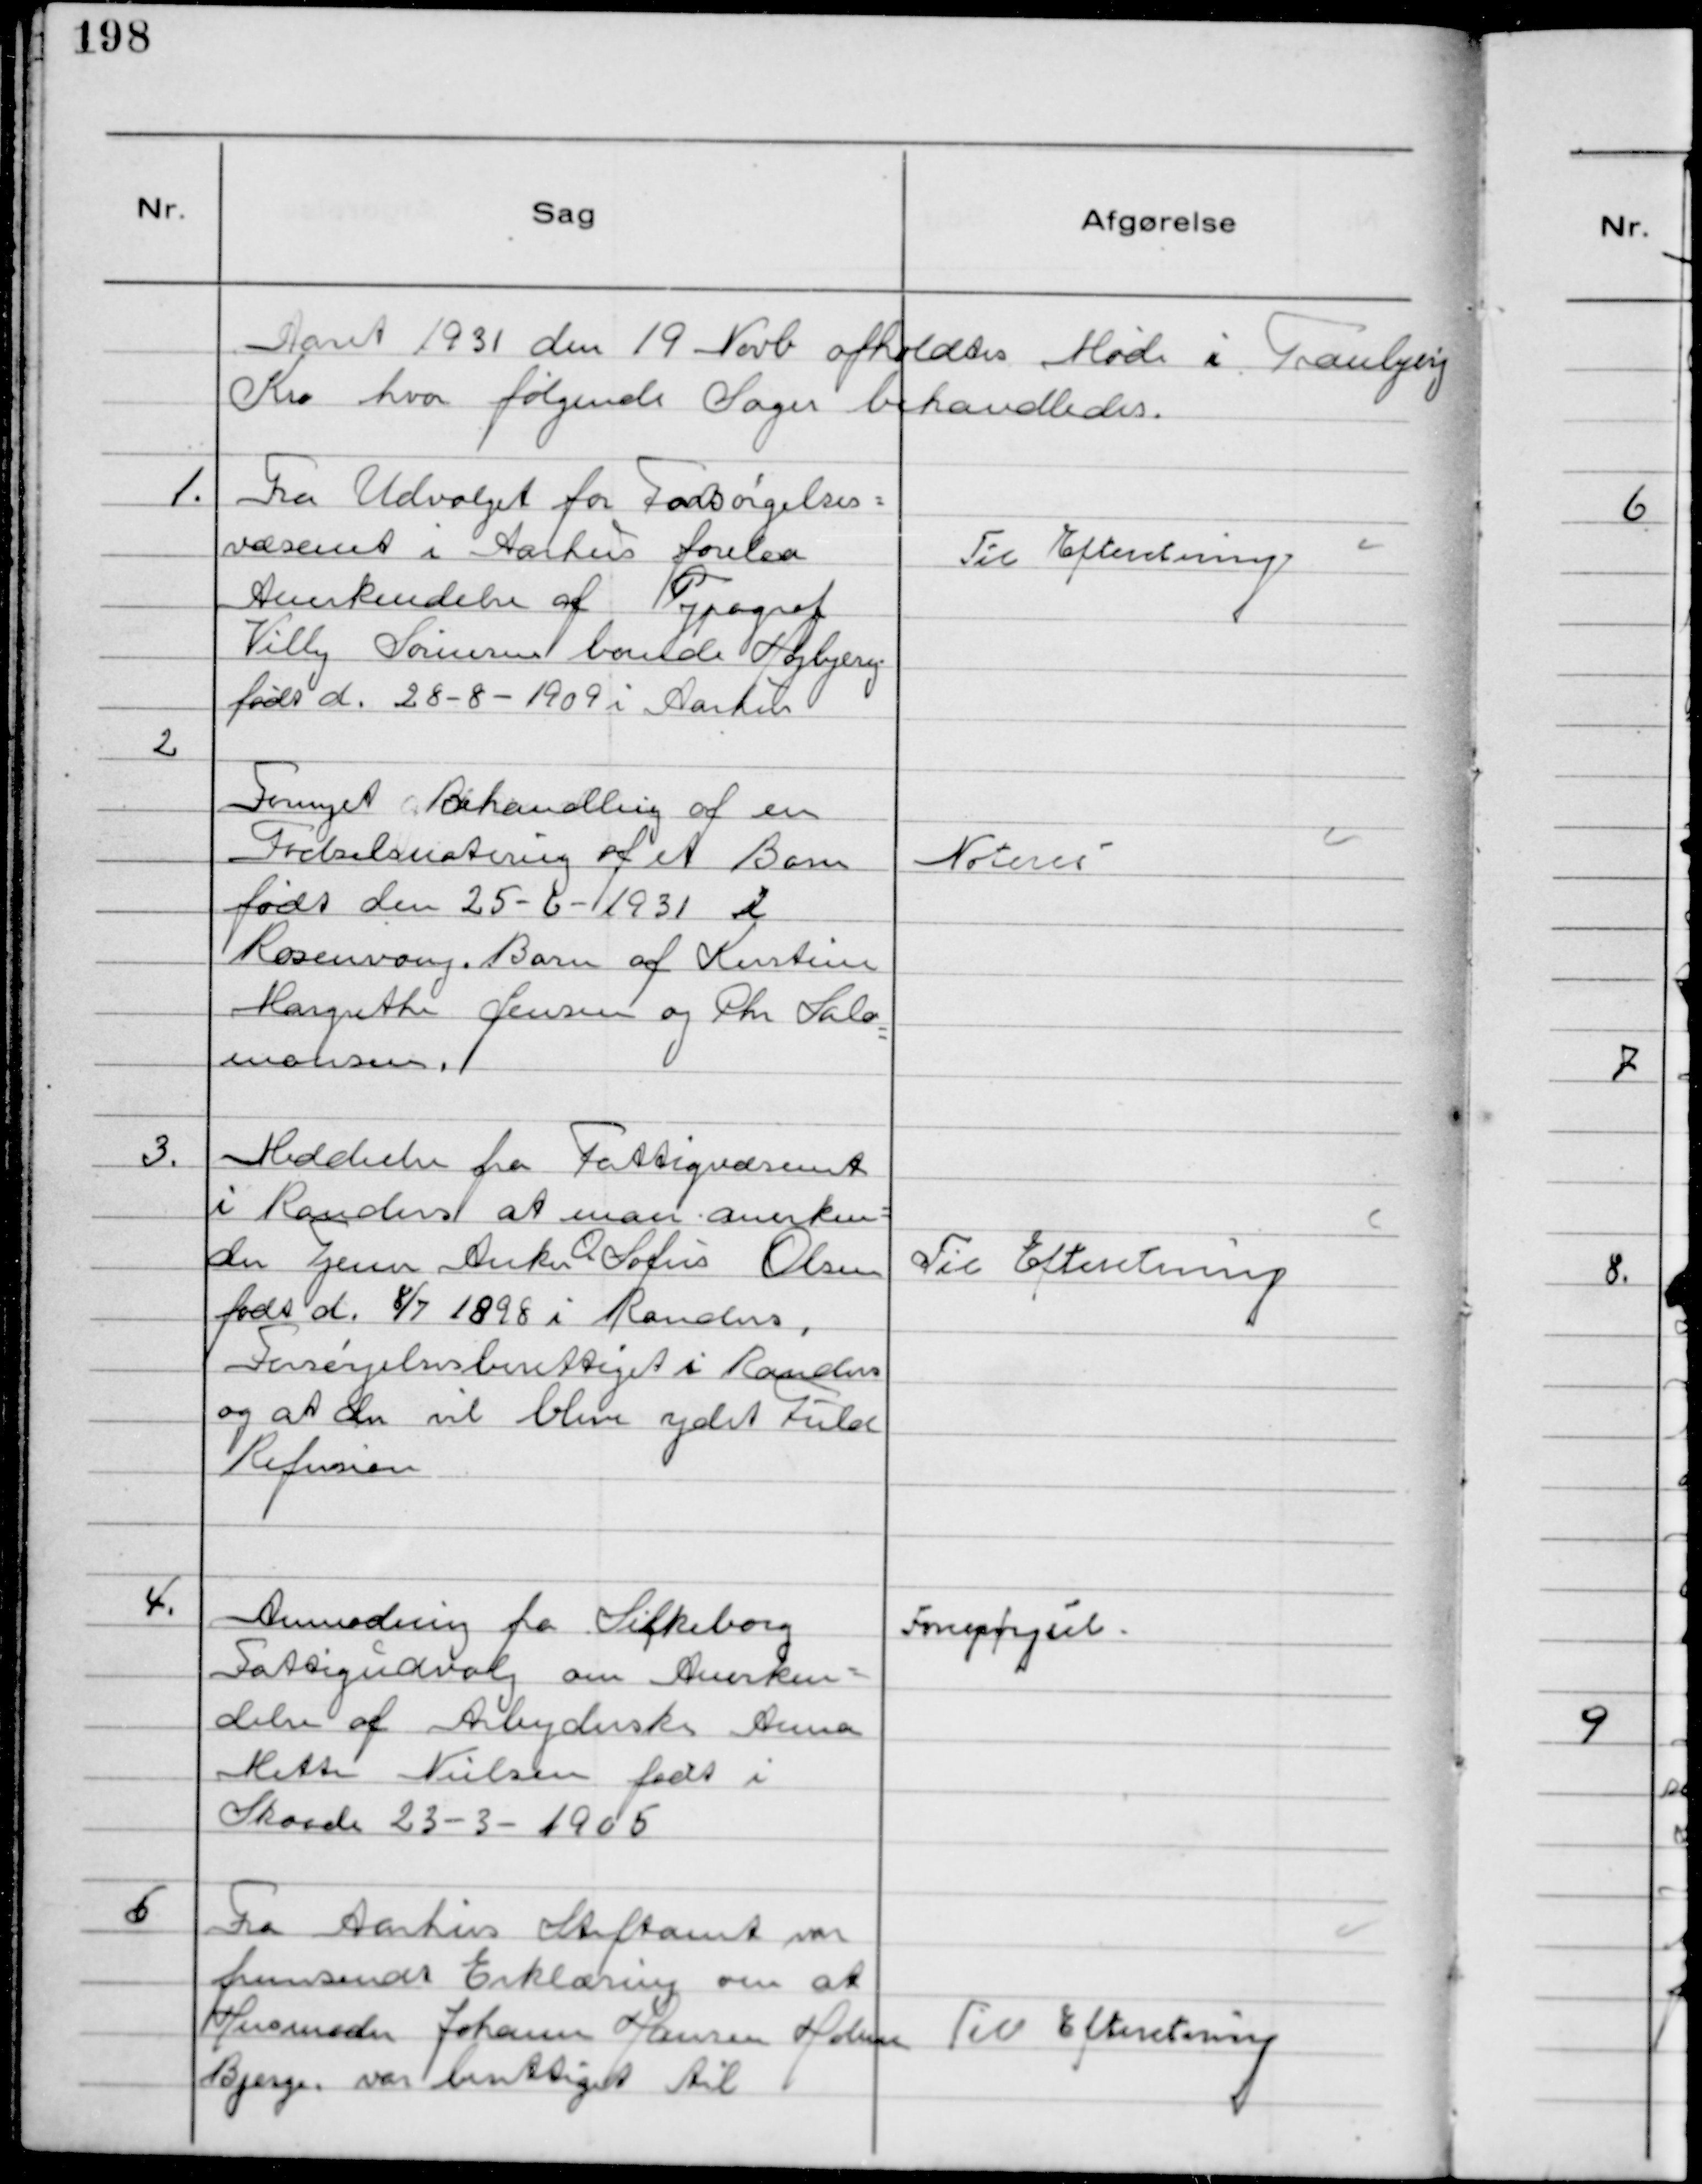
Transskription:
Aaret 1931 den 19 Novb afholdtes Møde i Tranbjerg
Kro hvor følgende Sager behandledes.

1.
Fra Udvalget for Forsørgelses-
væsenet i Aarhus forelaa
Anerkendelse af Typograf
Villy Sørensen boende Højbjerg
født d. 28-8-1909 i Aarhus

Til Efteretning

2
Fornyet Behandling af en
Fødselsnotering af et Barn
født den 25-6-1931 i
Rosenvang. Barn af Kirstine
Margrethe Jensen og Chr Salo-
monsen.

Noteres

3.
Meddeelse fra Fattigvæsenet
i Randers at man anerken-
der Tjener Anker O. Sofus Olsen
født d. 8/7 1898 i Randers,
Forsørgelsesberettiget i Randers
og at der vil blive ydet Fuld
Refusion

Til Efteretning

4.
Anmodning fra Silkeborg
Fattigudvalg om Anerken-
delse af Arbejderske Anna
Mette Nielsen født i
Skaade 23-3-1905

Forespørgsel

5
Fra Aarhus Stiftamt var
fremsendt Erklæring om at
Husmoder Johanne Hansen Holme
Bjerge var berettiget til

Til Efteretning